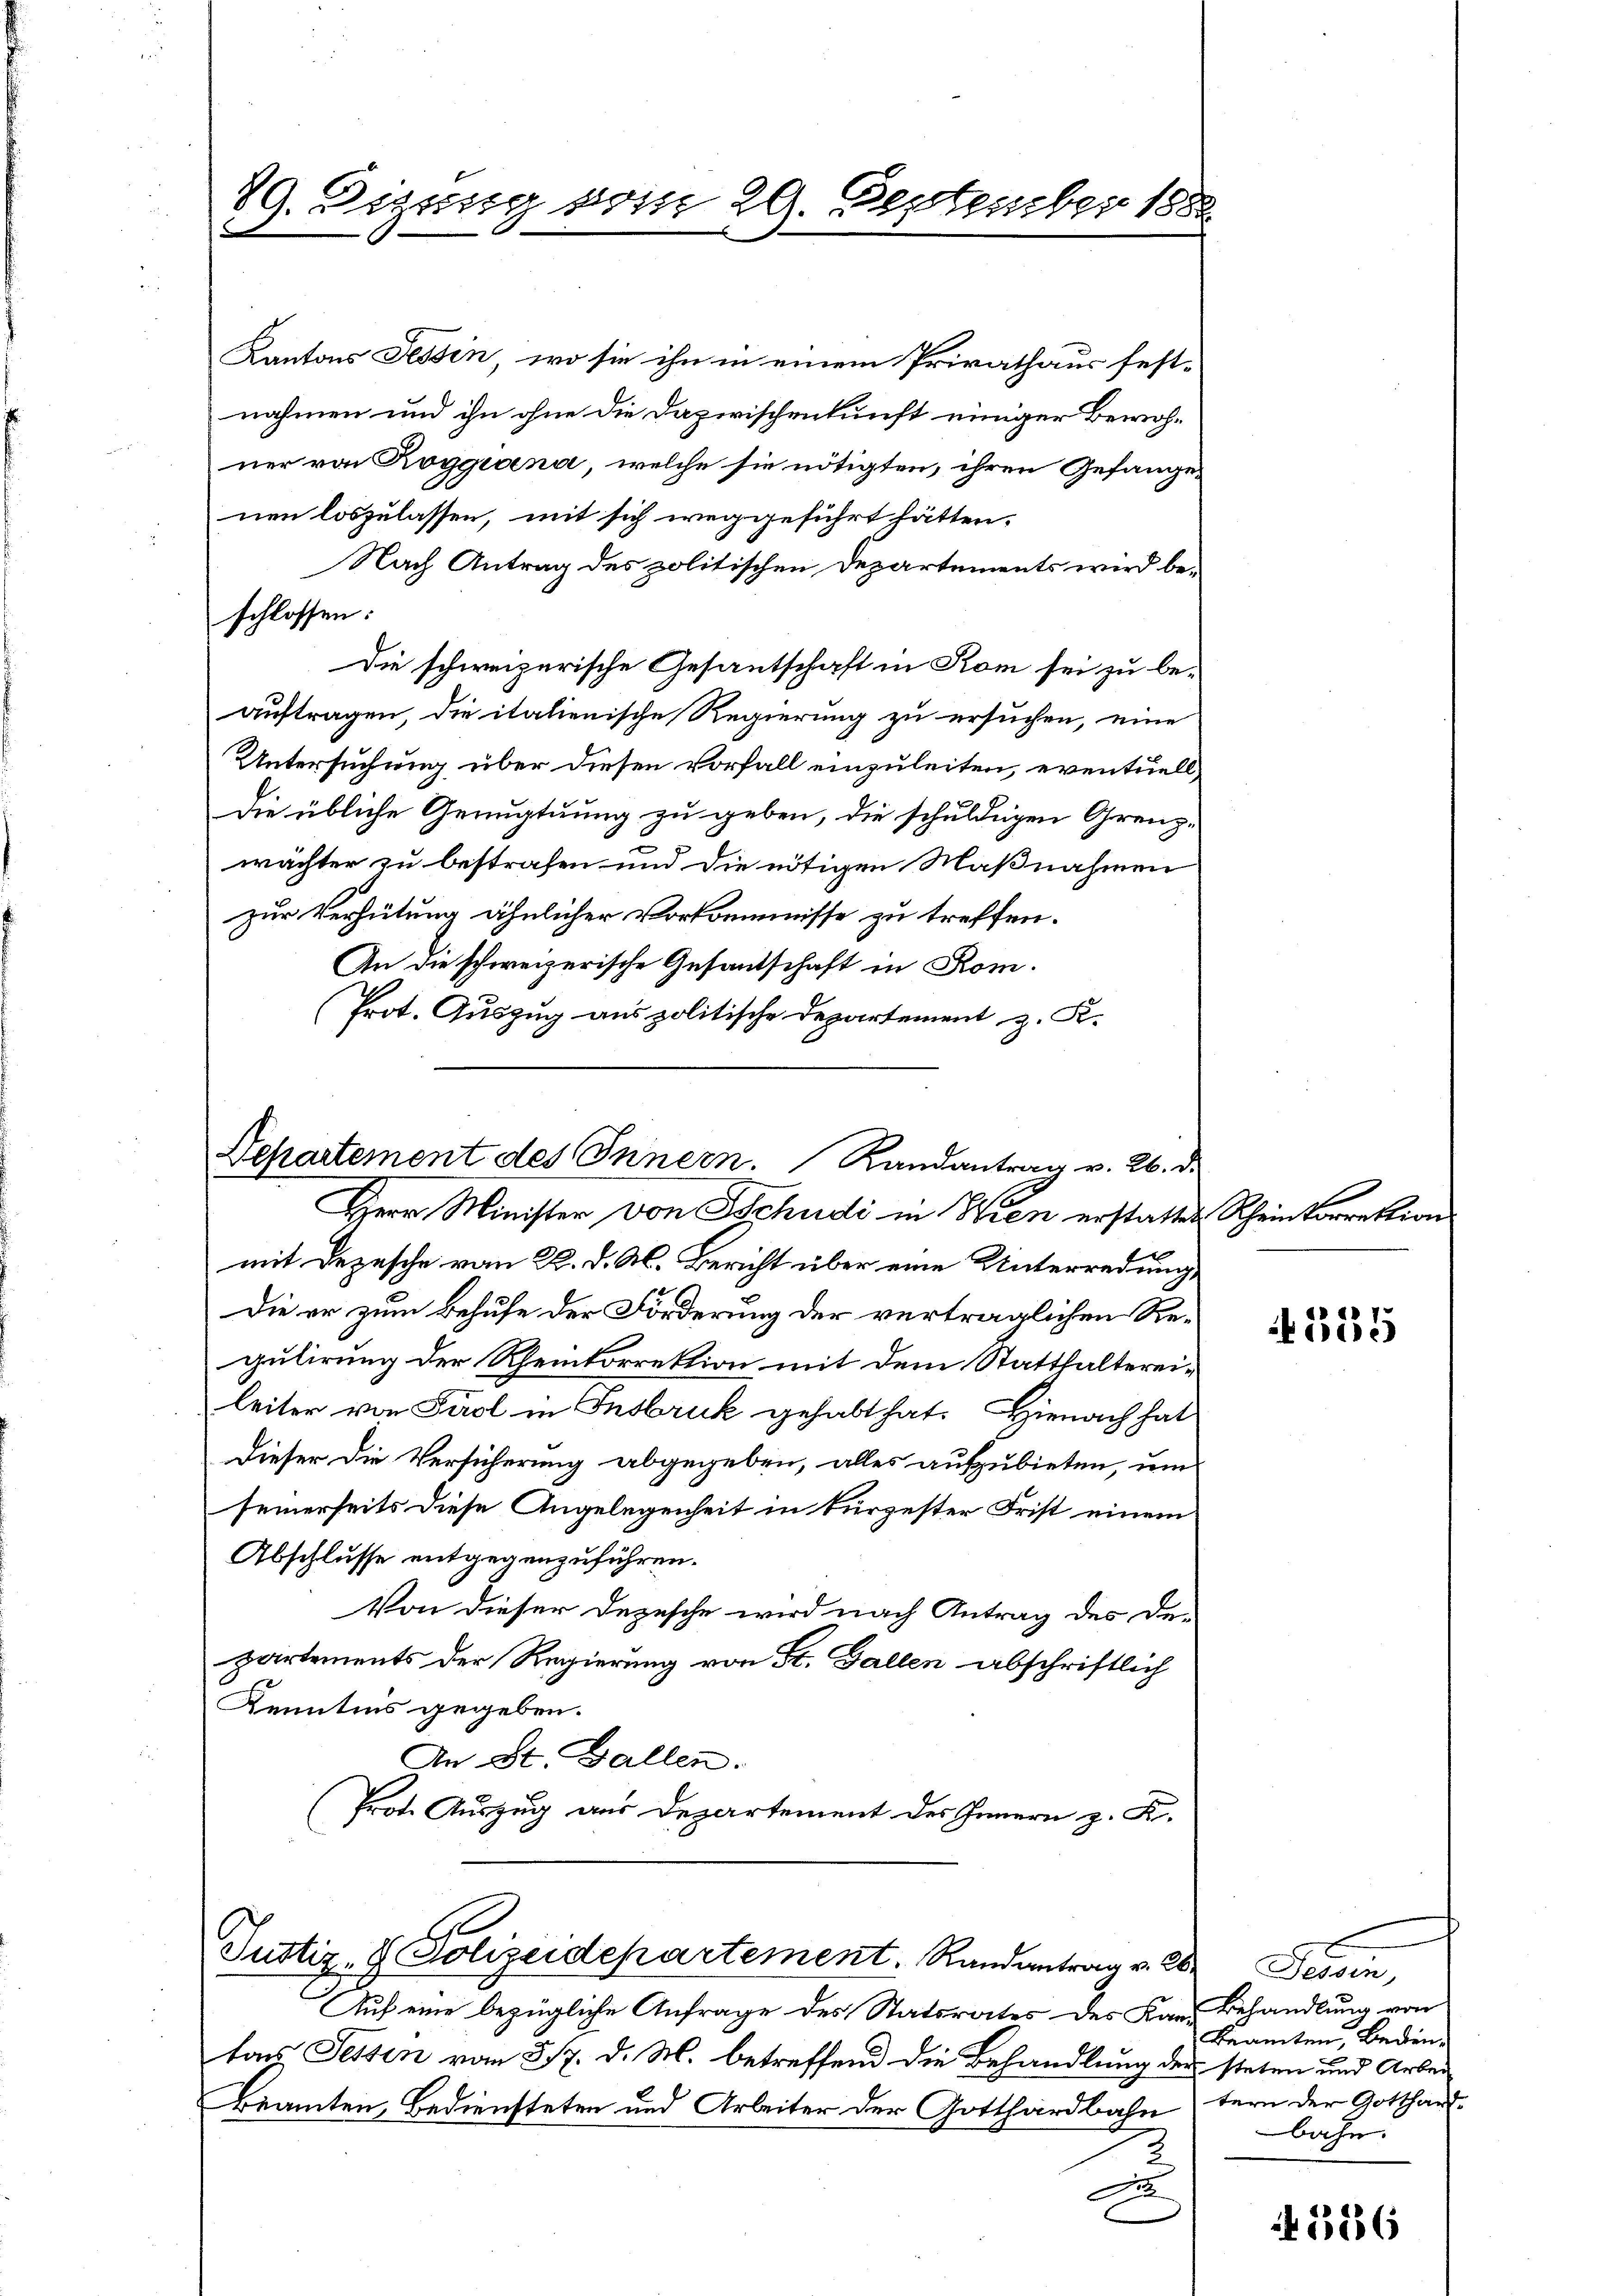
C
29. Dizung vom 29. September 188

Kantons Tessin, wo sie ihn in einem Privathaus fest-
nahmen und ihn ohne die Dazwischenkunft einiger Bewohner von Roggioena, welche sie nötigten, ihren Gefange-
nen loszulassen, mit sich weggeführt hätten.
Nach Antrag des politischen Departements wird beschlossen:
Die schweizerische Gesantschaft in Rom sei zu be-
auftragen, die italienische Regierung zu ersuchen, eine
Untersuchung über diesen Vorfall einzuleiten, eventuell
Die übliche Genugtuung zu geben, die schuldigen Grenz-
wächter zu bestrafen und die nötigen Maßnahmen
zur Verhütung ähnlicher Vorkommnisse zu treffen.
An die schweizerische Gesandschaft in Rom.
Prot. Auszug aus politische Departement z. K.
Departement des Innern. Randantrag v. 26. d.
Herr Minister von Schudi in Wien erstatten Scheinkorrektion
mit Depesche vom 22. d. M. Bericht über eine Unterredung,
Die er zum Behufe der Förderung der vertraglichen Regulirung der Rheinkorrektion mit dem Statthaltereileiter von Tirol in Insbruk gehabt hat. Hienach hat
Dieser die Versicherung abgegeben, alles aufzubieten, um
seinerseits diese Angelegenheit in kürzester Frist einem
Abschlusse entgegenzuführen.
Von dieser Depesche wird nach Antrag des De-
partements der Regierung von St. Gallen abschriftlich
Kenntnis gegeben.
An St. Gallen.
Prote Auszug aus Departement des Innern z. K.

Justiz- & Polizeidepartement. Randantrag v. Dr Tessin,

Auf eine bezügliche Anfrage des Statsrates des Kan Behandlung von
tons Tessin vom 317. d. M. betreffend die Behandlung der steten und Arbei
Beamten, Bediensteten und Arbeiter der Gotthardbahntern der Gotthaus¬
.
A

325

Beamten, Bedenbahn.

A. 1886